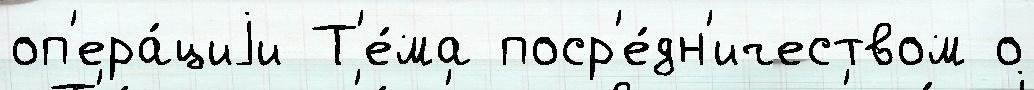
оп'ера́циjи Т'е́ма поср'е́дн'ичеством о